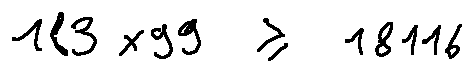
1 8 3 \times 9 9 \geq 1 8 1 1 6